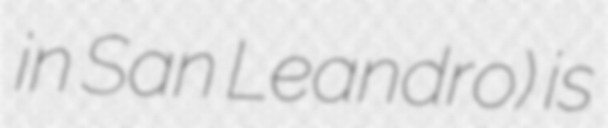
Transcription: in San Leandro) is